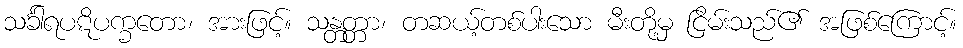
သင်္ခါရပဋိပက္ခတော၊ အားဖြင့်။ သန္တတ္တာ၊ တဆယ့်တစ်ပါးသော မီးတို့မှ ငြိမ်းသည်၏ အဖြစ်ကြောင့်။